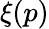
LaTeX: \xi(p)